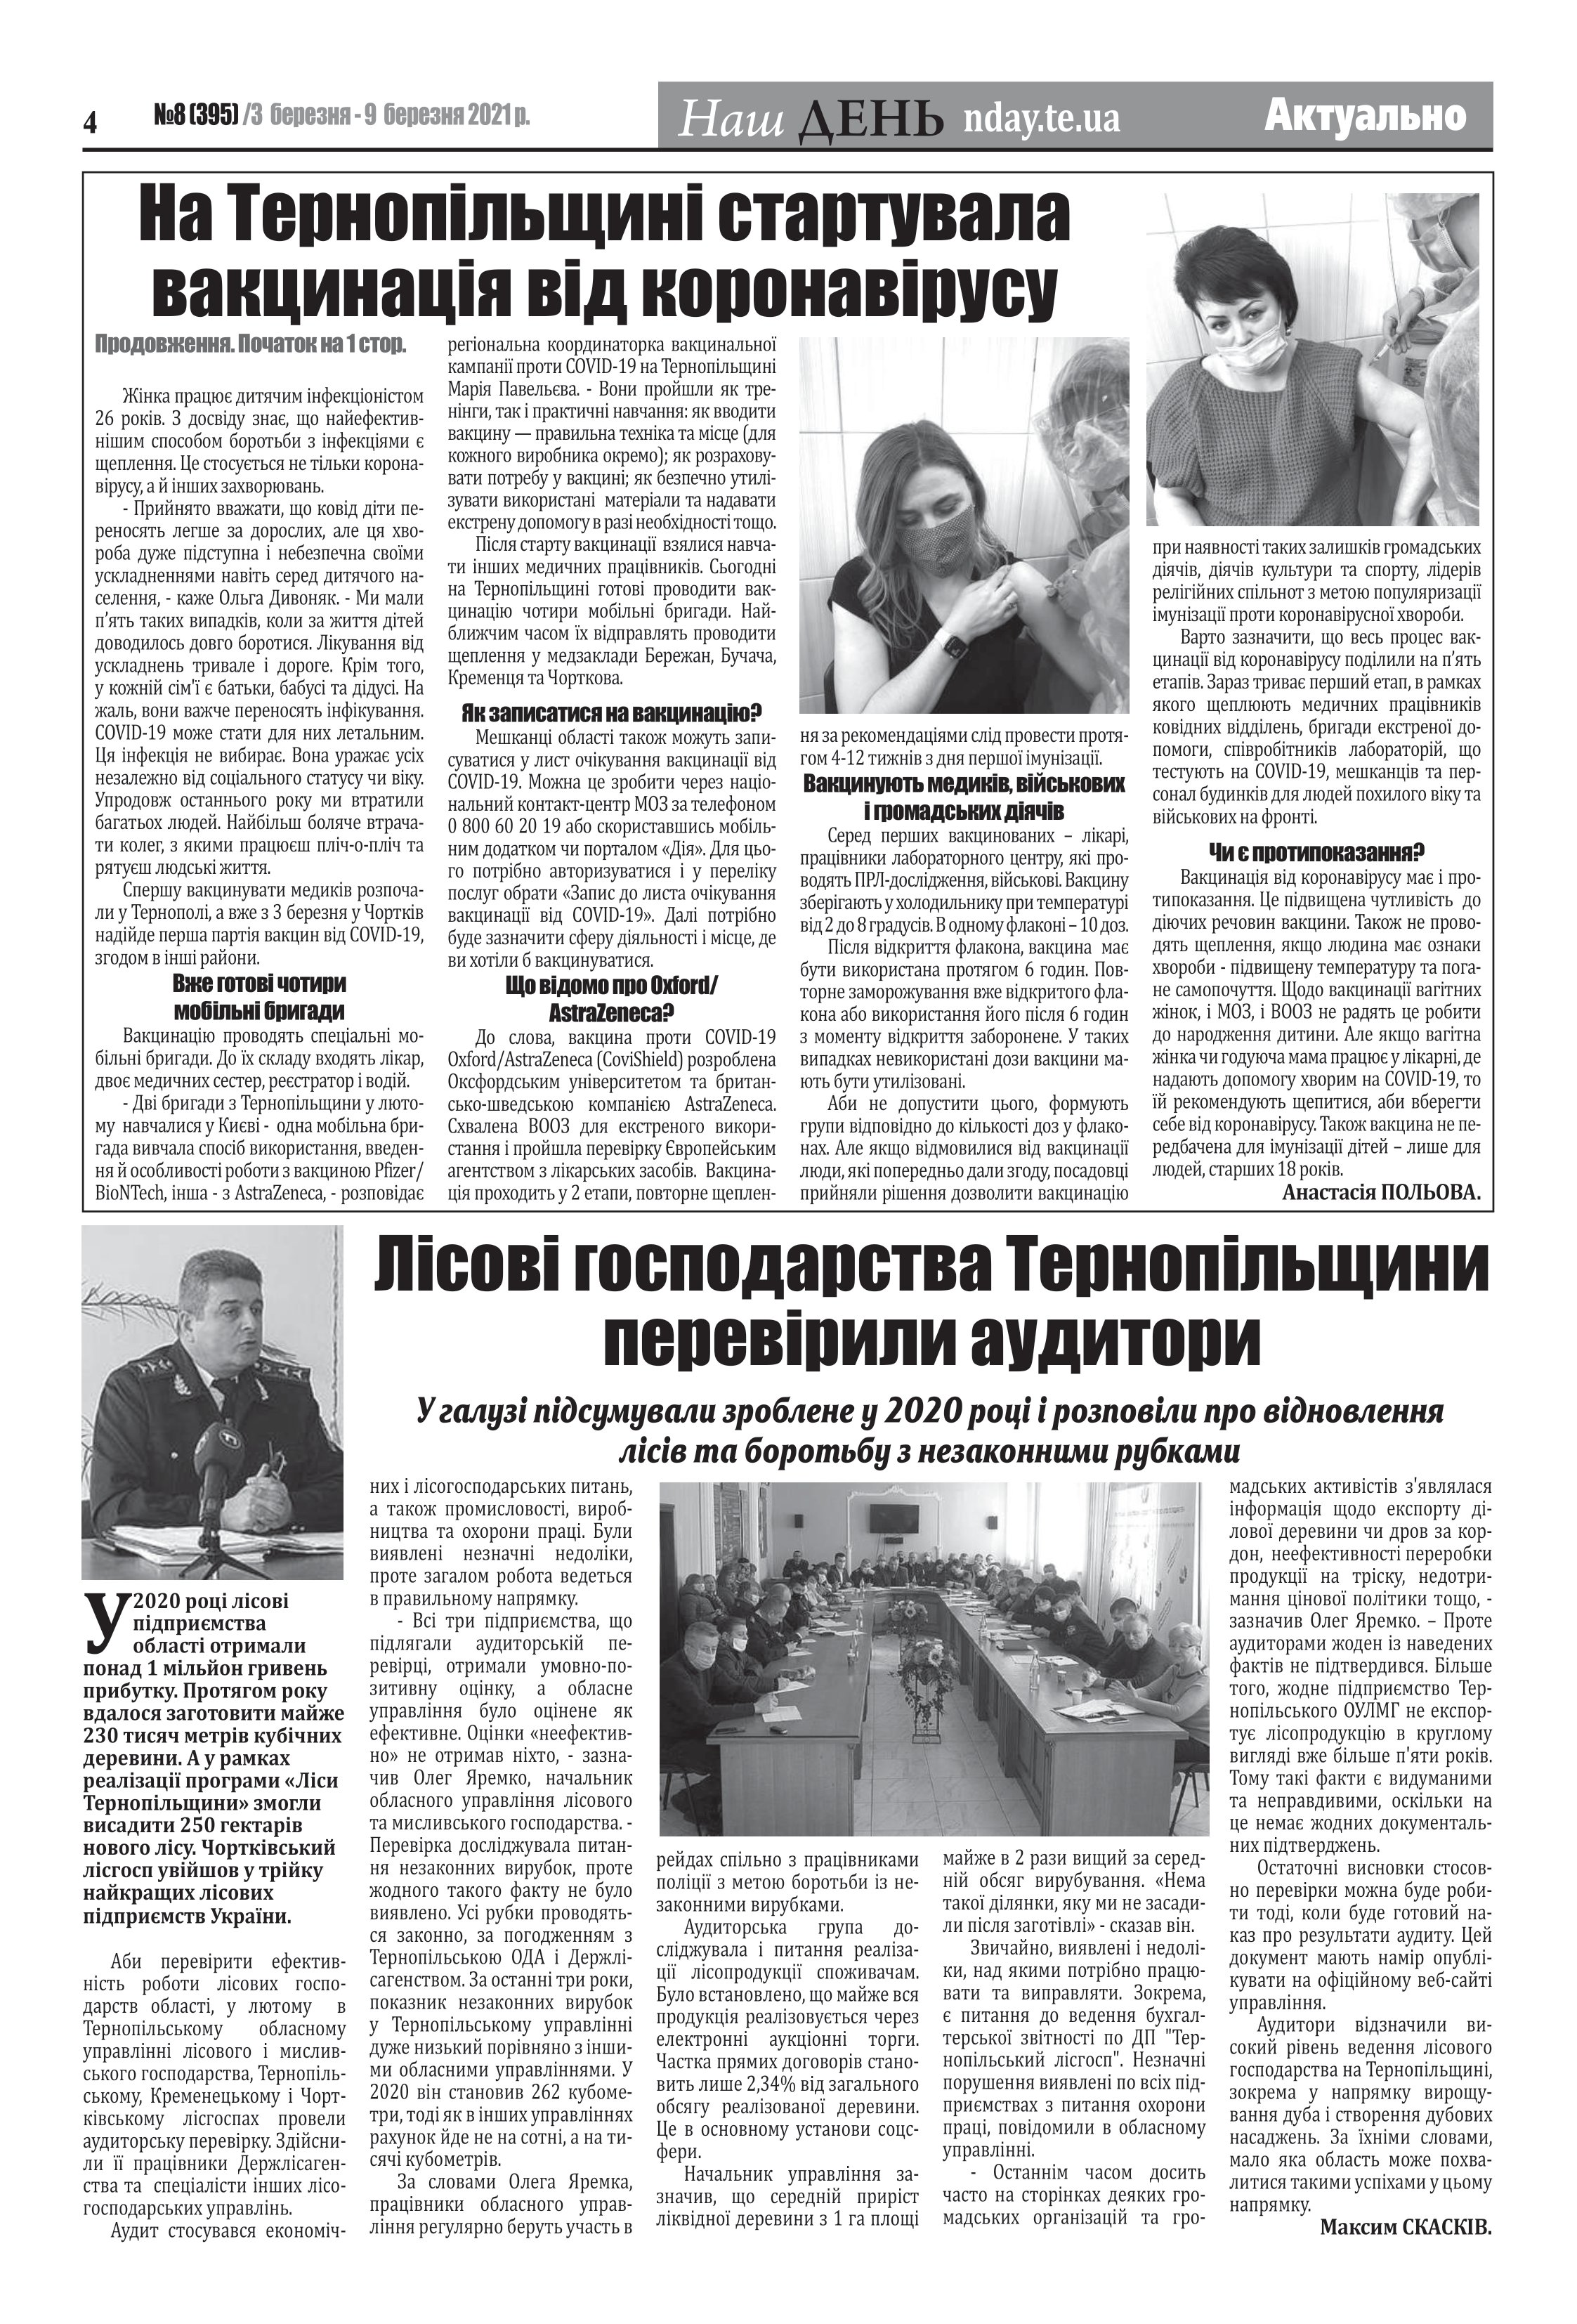
Language: uk